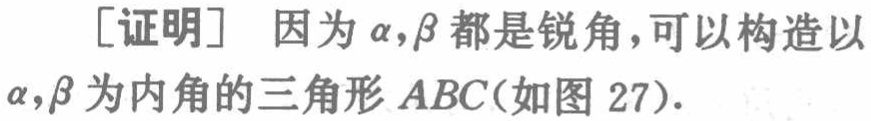
[证明] 因为\(\alpha,\beta\)都是锐角，可以构造以\(\alpha,\beta\)为内角的三角形\(ABC\)(如图 27).